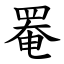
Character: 罨